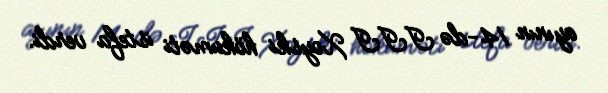
ayının 14-də III Xoyski hökuməti istefa verdi.